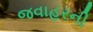
જવાહરની